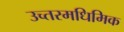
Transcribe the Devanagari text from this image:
उच्तरमधिमिक